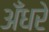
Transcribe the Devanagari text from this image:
अँधरे